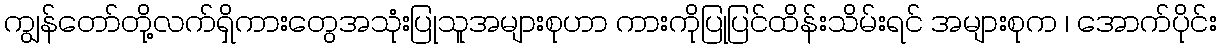
ကျွန်တော်တို့လက်ရှိကားတွေအသုံးပြုသူအများစုဟာ ကားကိုပြုပြင်ထိန်းသိမ်းရင် အများစုက ၊ အောက်ပိုင်း